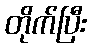
တိုက်ပြီး